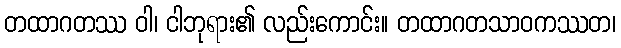
တထာဂတဿ ဝါ၊ ငါဘုရား၏ လည်းကောင်း။ တထာဂတသာဝကဿတ၊